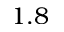
1 . 8